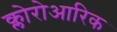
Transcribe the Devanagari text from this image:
क्लोरोआरिक